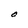
Character: O